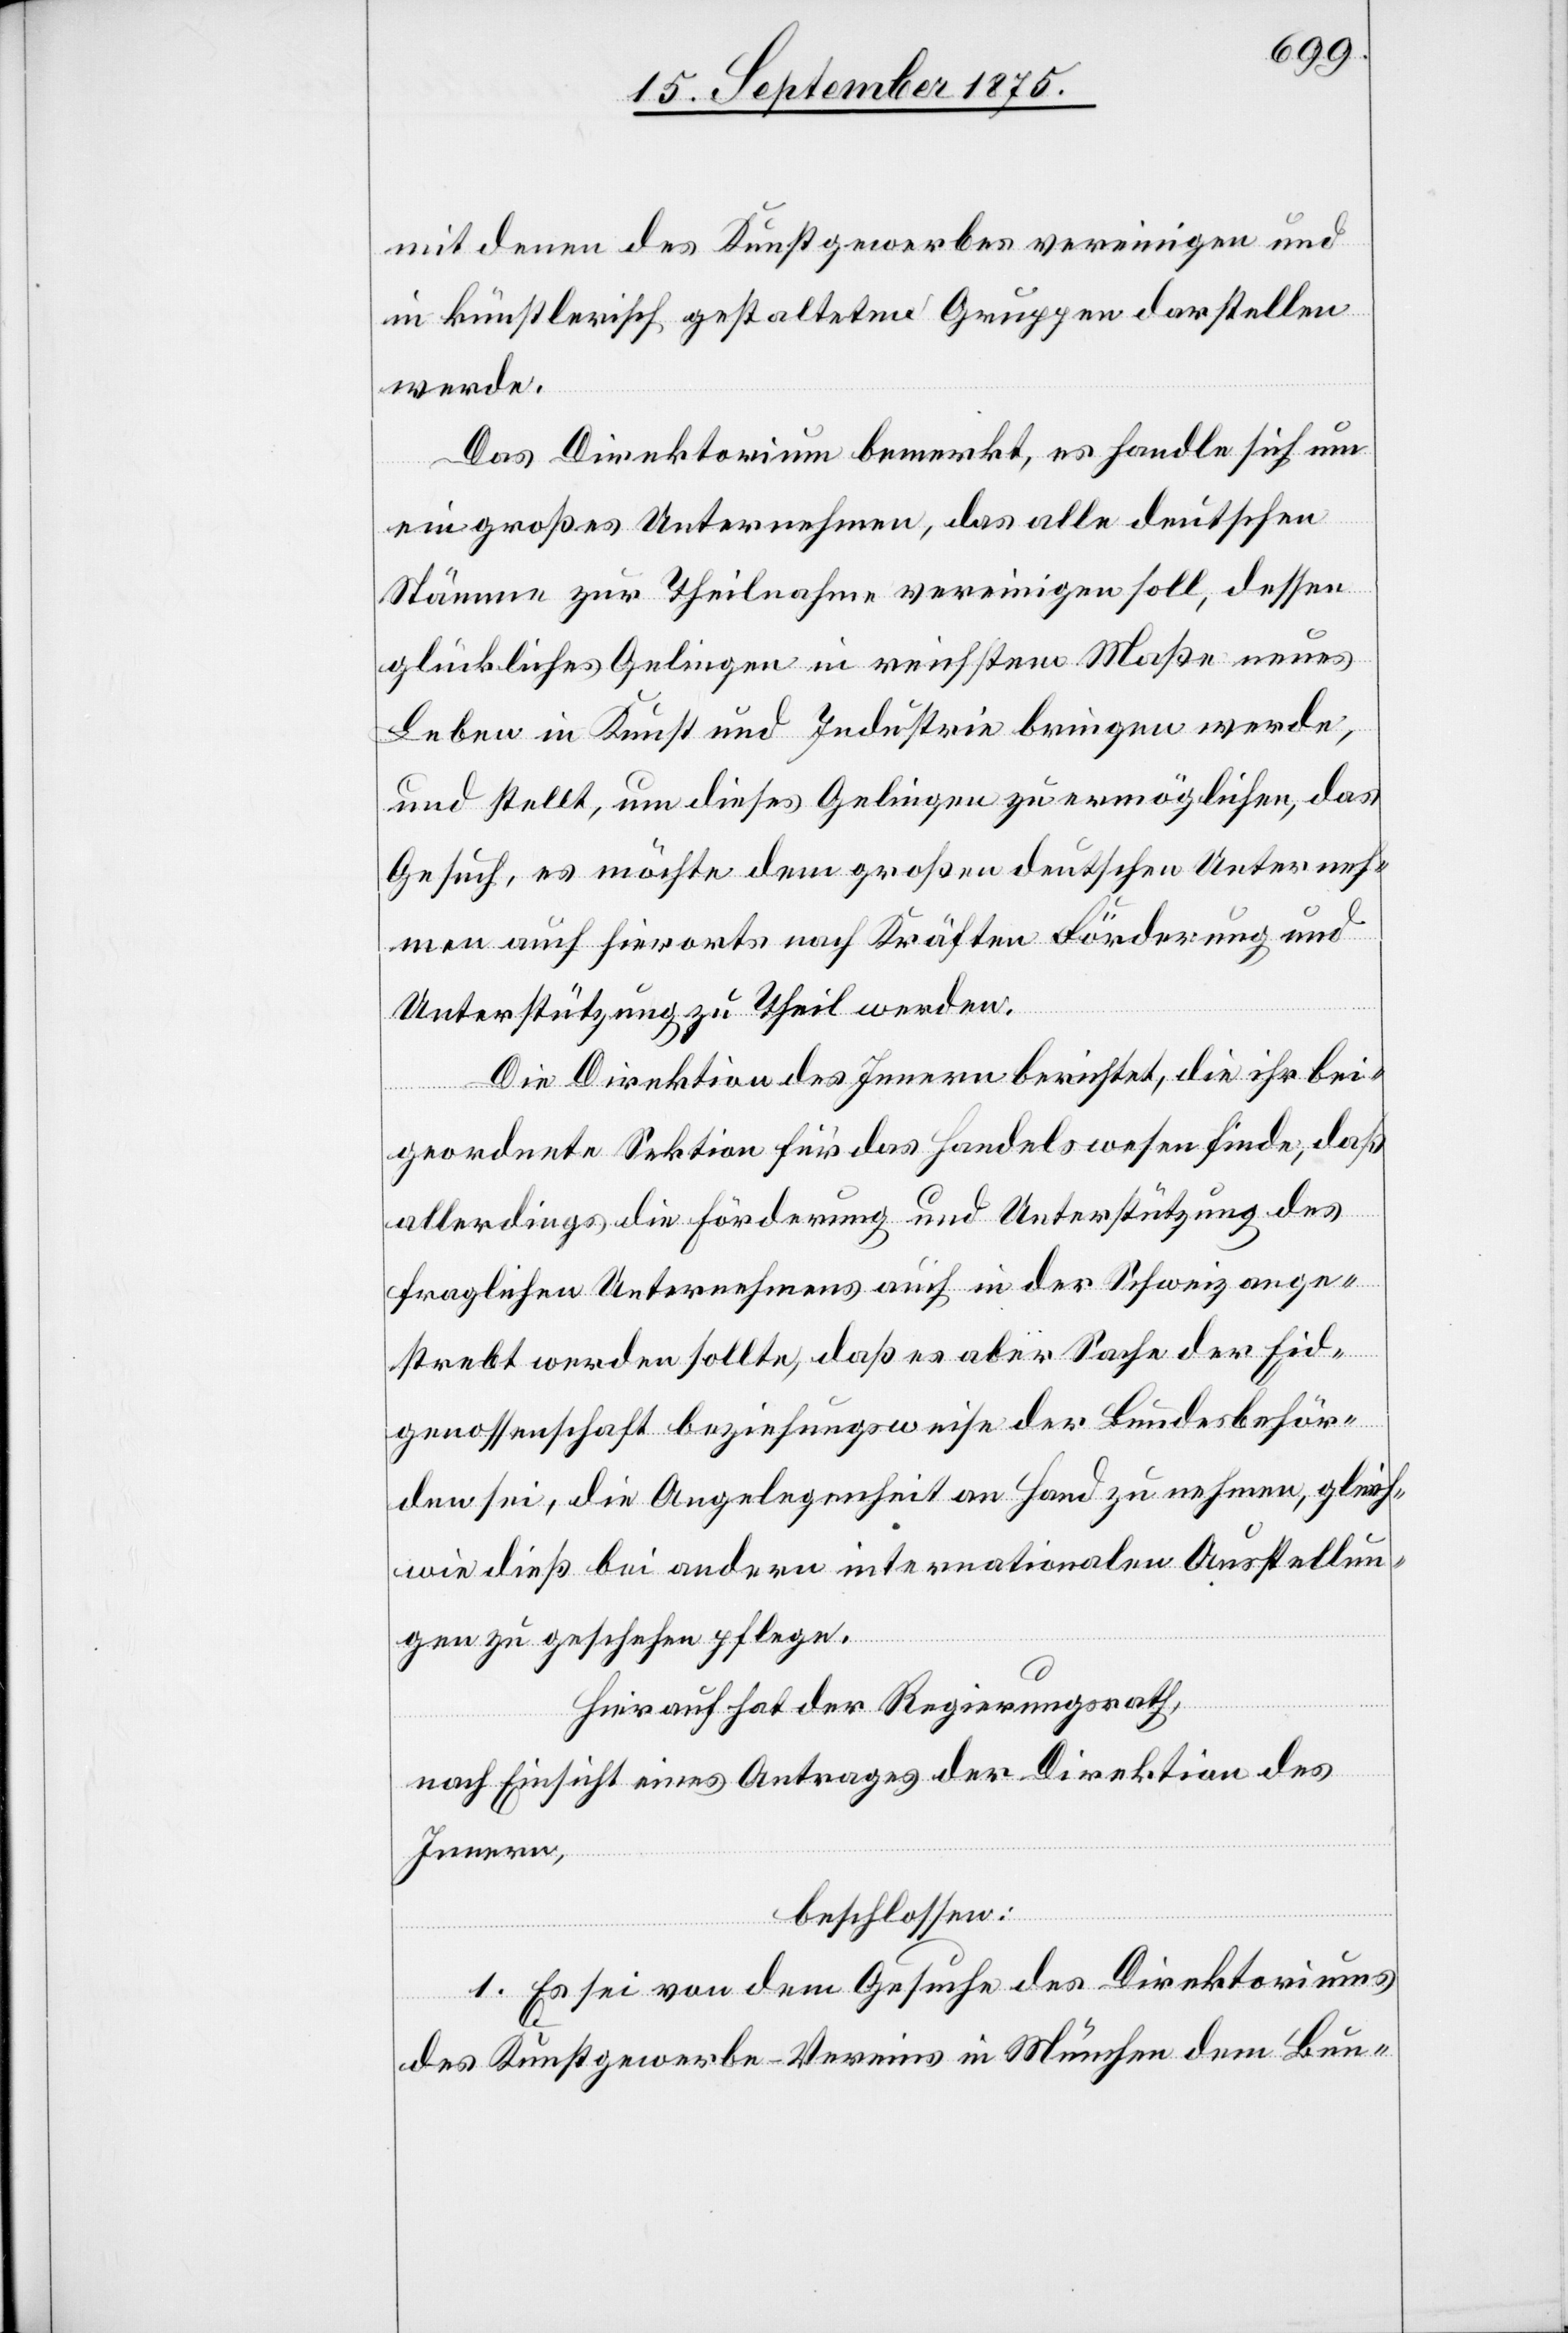
mit denen des Kunstgewerbes vereinigen und
in künstlerisch gestalteten Gruppen darstellen
werde.
Das Direktorium bemerkt, es handle sich um
ein großes Unternehmen, das alle deutschen
Stämme zur Theilnahme vereinigen soll, dessen
glückliches Gelingen in reichstem Maße neues
Leben in Kunst und Industrie bringen werde,
und stellt, um dieses Gelingen zu ermöglichen, das
Gesuch, es möchte dem großen deutschen Unterneh¬
men auch hierorts nach Kräften Förderung und
Unterstützung zu Theil werden.
Die Direktion des Innern berichtet, die ihr bei¬
geordnete Sektion für das Handelswesen finde, daß
allerdings die Förderung und Unterstützung des
fraglichen Unternehmens auch in der Schweiz ange¬
strebt werden sollte, daß es aber Sache der Eid¬
genossenschaft beziehungsweise der Bundesbehör¬
den sei, die Angelegenheit an Hand zu nehmen, gleich¬
wie dieß bei andern internationalen Ausstellun¬
gen zu geschehen pflege.
Hierauf hat der Regierungsrath,
nach Einsicht eines Antrages der Direktion des
Innern,
beschlossen:
1. Es sei von dem Gesuche des Direktoriums
des Kunstgewerbe-Vereins in München dem Bun-